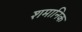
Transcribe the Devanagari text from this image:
शमानिक